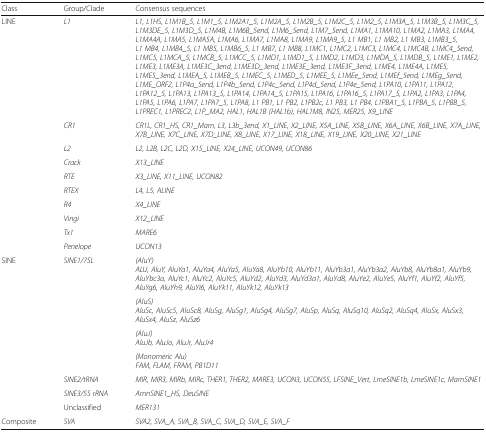
<table><thead><tr><td><b>Class</b></td><td><b>Group/Clade</b></td><td><b>Consensus sequences</b></td></tr></thead><tbody><tr><td rowspan="10">LINE</td><td><i>L1</i></td><td><i>L1, L1HS, L1M1B_5, L1M1_5, L1M2A1_5, L1M2A_5, L1M2B_5, L1M2C_5, L1M2_5, L1M3A_5, L1M3B_5, L1M3C_5, L1M3DE_5, L1M3D_5, L1M4B, L1M6B_5end, L1M6_5end, L1M7_5end, L1MA1, L1MA10, L1MA2, L1MA3, L1MA4, L1MA4A, L1MA5, L1MA5A, L1MA6, L1MA7, L1MA8, L1MA9, L1MA9_5, L1 MB1, L1 MB2, L1 MB3, L1MB3_5, L1 MB4, L1MB4_5, L1 MB5, L1MB6_5, L1 MB7, L1 MB8, L1MC1, L1MC2, L1MC3, L1MC4, L1MC4B, L1MC4_5end, L1MC5, L1MCA_5, L1MCB_5, L1MCC_5, L1MD1, L1MD1_5, L1MD2, L1MD3, L1MDA_5, L1MDB_5, L1ME1, L1ME2, L1ME3, L1ME3A, L1ME3C_3end, L1ME3D_3end, L1ME3E_3end, L1ME3F_3end, L1ME4, L1ME4A, L1ME5, L1ME5_3end, L1MEA_5, L1MEB_5, L1MEC_5, L1MED_5, L1MEE_5, L1MEe_5end, L1MEf_5end, L1MEg_5end, L1ME_ORF2, L1P4a_5end, L1P4b_5end, L1P4c_5end, L1P4d_5end, L1P4e_5end, L1PA10, L1PA11, L1PA12, L1PA12_5, L1PA13, L1PA13_5, L1PA14, L1PA14_5, L1PA15, L1PA16, L1PA16_5, L1PA17_5, L1PA2, L1PA3, L1PA4, L1PA5, L1PA6, L1PA7, L1PA7_5, L1PA8, L1 PB1, L1 PB2, L1PB2c, L1 PB3, L1 PB4, L1PBA1_5, L1PBA_5, L1PBB_5, L1PREC1, L1PREC2, L1P_MA2, HAL1, HAL1B (HAL1b), HAL1M8, IN25, MER25, X9_LINE</i></td></tr><tr><td><i>CR1</i></td><td><i>CR1L, CR1_HS, CR1_Mam, L3, L3b_3end, X1_LINE, X2_LINE, X5A_LINE, X5B_LINE, X6A_LINE, X6B_LINE, X7A_LINE, X7B_LINE, X7C_LINE, X7D_LINE, X8_LINE, X17_LINE, X18_LINE, X19_LINE, X20_LINE, X21_LINE</i></td></tr><tr><td><i>L2</i></td><td><i>L2, L2B, L2C, L2D, X15_LINE, X24_LINE, UCON49, UCON86</i></td></tr><tr><td><i>Crack</i></td><td><i>X13_LINE</i></td></tr><tr><td><i>RTE</i></td><td><i>X3_LINE, X11_LINE, UCON82</i></td></tr><tr><td><i>RTEX</i></td><td><i>L4, L5, ALINE</i></td></tr><tr><td><i>R4</i></td><td><i>X4_LINE</i></td></tr><tr><td><i>Vingi</i></td><td><i>X12_LINE</i></td></tr><tr><td><i>Tx1</i></td><td><i>MARE6</i></td></tr><tr><td><i>Penelope</i></td><td><i>UCON13</i></td></tr><tr><td rowspan="7">SINE</td><td><i>SINE1/7SL</i></td><td><i>(AluY)</i><i>ALU, AluY, AluYa1, AluYa4, AluYa5, AluYa8, AluYb10, AluYb11, AluYb3a1, AluYb3a2, AluYb8, AluYb8a1, AluYb9, AluYbc3a, AluYc1, AluYc2, AluYc5, AluYd2, AluYd3, AluYd3a1, AluYd8, AluYe2, AluYe5, AluYf1, AluYf2, AluYf5, AluYg6, AluYh9, AluYi6, AluYk11, AluYk12, AluYk13</i></td></tr><tr><td></td><td><i>(AluS)</i><i>AluSc, AluSc5, AluSc8, AluSg, AluSg1, AluSg4, AluSg7, AluSp, AluSq, AluSq10, AluSq2, AluSq4, AluSx, AluSx3, AluSx4, AluSz, AluSz6</i></td></tr><tr><td></td><td><i>(AluJ)</i><i>AluJb, AluJo, AluJr, AluJr4</i></td></tr><tr><td></td><td><i>(Monomeric Alu)</i><i>FAM, FLAM, FRAM, PB1D11</i></td></tr><tr><td><i>SINE2/tRNA</i></td><td><i>MIR, MIR3, MIRb, MIRc, THER1, THER2, MARE3, UCON3, UCON55, LFSINE_Vert, LmeSINE1b, LmeSINE1c, MamSINE1</i></td></tr><tr><td><i>SINE3/5S rRNA</i></td><td><i>AmnSINE1_HS, DeuSINE</i></td></tr><tr><td>Unclassified</td><td><i>MER131</i></td></tr><tr><td>Composite</td><td><i>SVA</i></td><td><i>SVA2, SVA_A, SVA_B, SVA_C, SVA_D, SVA_E, SVA_F</i></td></tr></tbody></table>